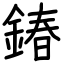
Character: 𨩃